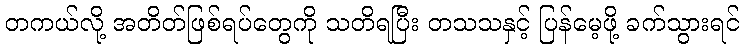
တကယ်လို့ အတိတ်ဖြစ်ရပ်တွေကို သတိရပြီး တသသနှင့် ပြန်မေ့ဖို့ ခက်သွားရင်